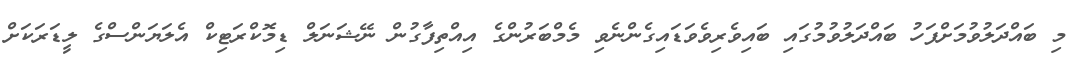
މި ބައްދަލުވުމަށްފަހު ބައްދަލުވުމުގައި ބައިވެރިވެވަޑައިގެންނެވި މެމްބަރުންގެ އިއްތިފާގުން ނޭޝަނަލް ޑިމޮކްރަޓިކް އެލަޔަންސްގެ ލީޑަރަކަށް